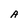
Character: A